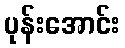
ပုန်းအောင်း